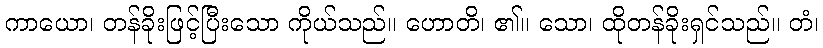
ကာယော၊ တန်ခိုးဖြင့်ပြီးသော ကိုယ်သည်။ ဟောတိ၊ ၏။ သော၊ ထိုတန်ခိုးရှင်သည်။ တံ၊